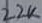
Text: 22K